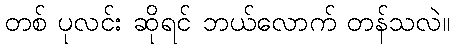
တစ် ပုလင်း ဆိုရင် ဘယ်လောက် တန်သလဲ။